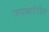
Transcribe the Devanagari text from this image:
जगाबाहेरील